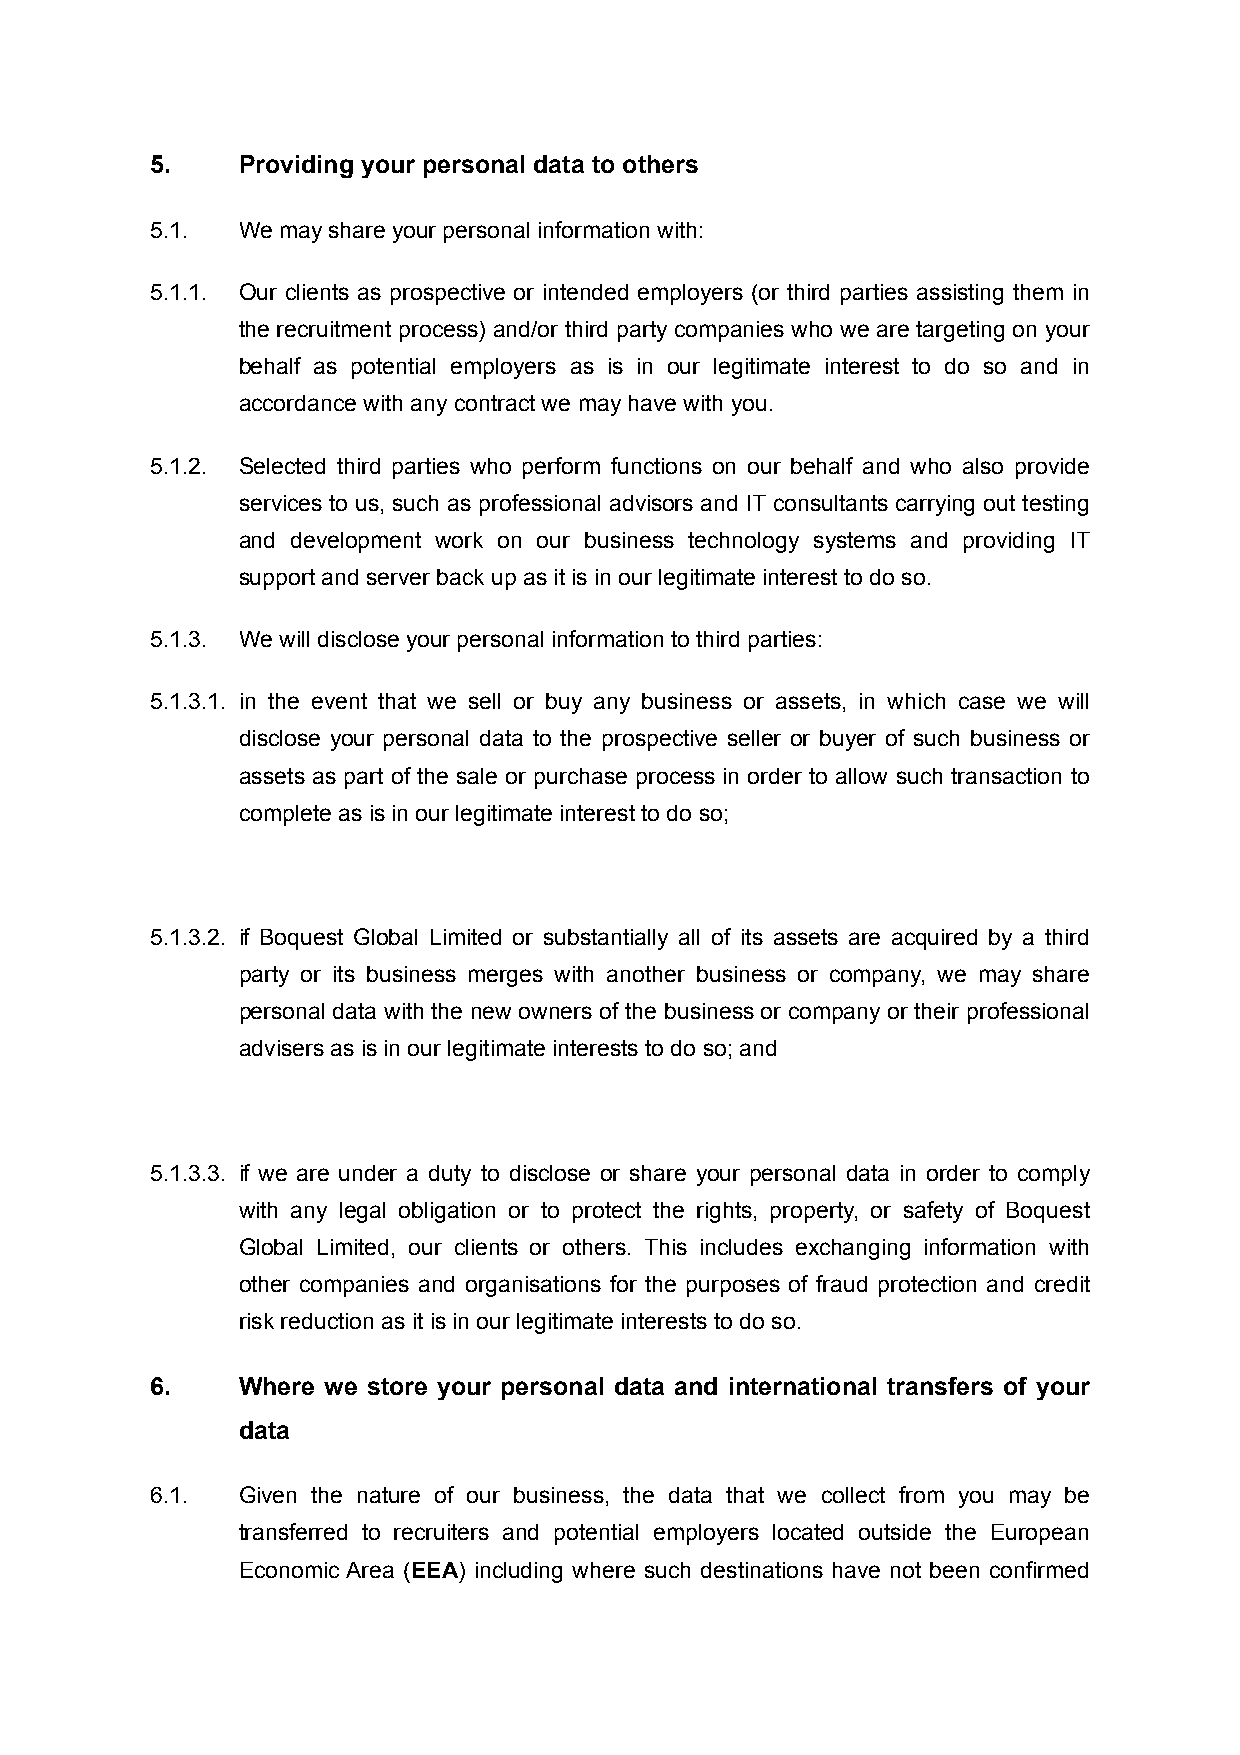
5.    Providing your personal data to others
 5.1.  We may share your personal information with:
 5.1.1. Our clients as prospective or intended employers (or third parties assisting them in
 the recruitment process) and/or third party companies who we are targeting on your
 behalf as potential employers as is in our legitimate interest to do so and in
 accordance with any contract we may have with you.
 5.1.2. Selected third parties who perform functions on our behalf and who also provide
 services to us, such as professional advisors and IT consultants carrying out testing
 and development work on our business technology systems and providing IT
 support and server back up as it is in our legitimate interest to do so.
 5.1.3. We will disclose your personal information to third parties:
 5.1.3.1. in the event that we sell or buy any business or assets, in which case we will
 disclose your personal data to the prospective seller or buyer of such business or
 assets as part of the sale or purchase process in order to allow such transaction to
 complete as is in our legitimate interest to do so;
 5.1.3.2. if Boquest Global Limited or substantially all of its assets are acquired by a third
 party or its business merges with another business or company, we may share
 personal data with the new owners of the business or company or their professional
 advisers as is in our legitimate interests to do so; and
 5.1.3.3. if we are under a duty to disclose or share your personal data in order to comply
 with any legal obligation or to protect the rights, property, or safety of Boquest
 Global Limited, our clients or others. This includes exchanging information with
 other companies and organisations for the purposes of fraud protection and credit
 risk reduction as it is in our legitimate interests to do so.
 6.    Where we store your personal data and international transfers of your
 data
 6.1.  Given the nature of our business, the data that we collect from you may be
 transferred to recruiters and potential employers located outside the European
 Economic Area (EEA) including where such destinations have not been confirmed